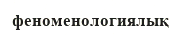
феноменологиялық